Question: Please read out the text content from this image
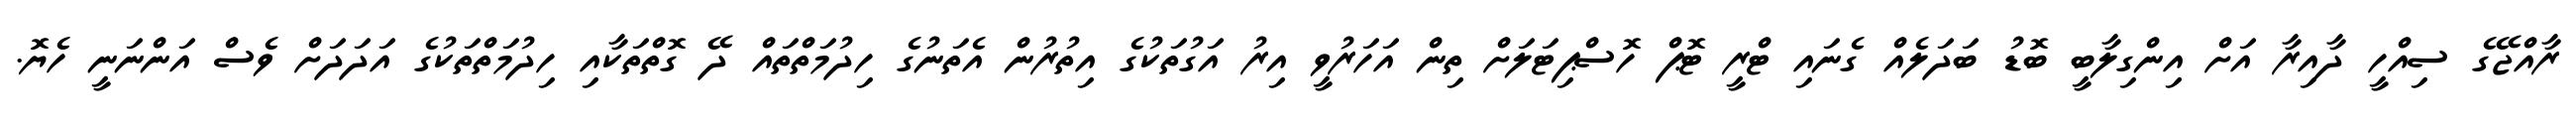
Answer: ރާއްޖޭގެ ސިއްހީ ދާއިރާ އަށް އިންގިލާބީ ބޮޑު ބަދަލެއް ގެނައި ޓްރީ ޓޮޕް ހޮސްޕިޓަލަށް ތިން އަހަރުވީ އިރު އަގުތަކުގެ އިތުރުން އެތަނުގެ ހިދުމަތްތައް ދޭ ގޮތްތަކާއި ހިދުމަތްތަކުގެ އަދަދަށް ވެސް އަންނަނީ ހެޔޮ.